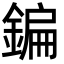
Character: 鍽